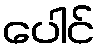
ပေါင်